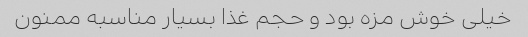
خیلی خوش مزه بود و حجم غذا بسیار مناسبه ممنون